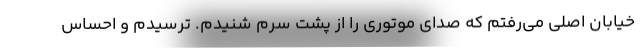
خیابان اصلی می‌رفتم که صدای موتوری را از پشت سرم شنیدم. ترسیدم و احساس